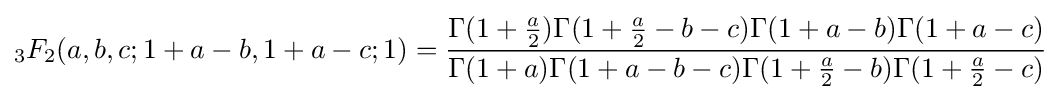
{}_{3}F_{2}(a,b,c;1+a-b,1+a-c;1)={\frac {\Gamma (1+{\frac {a}{2}})\Gamma (1+{\frac {a}{2}}-b-c)\Gamma (1+a-b)\Gamma (1+a-c)}{\Gamma (1+a)\Gamma (1+a-b-c)\Gamma (1+{\frac {a}{2}}-b)\Gamma (1+{\frac {a}{2}}-c)}}